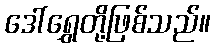
ဒေါ်ရွှေတို့ဖြစ်သည်။